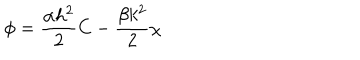
LaTeX: \phi = \frac { \alpha h ^ { 2 } } { 2 } C - \frac { \beta k ^ { 2 } } { 2 } \chi